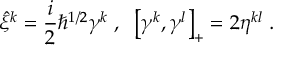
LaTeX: \hat { \xi } ^ { k } = \frac { i } { 2 } \hbar ^ { 1 / 2 } \gamma ^ { k } \; , \; \; \left[ \gamma ^ { k } , \gamma ^ { l } \right] _ { + } = 2 \eta ^ { k l } \; .